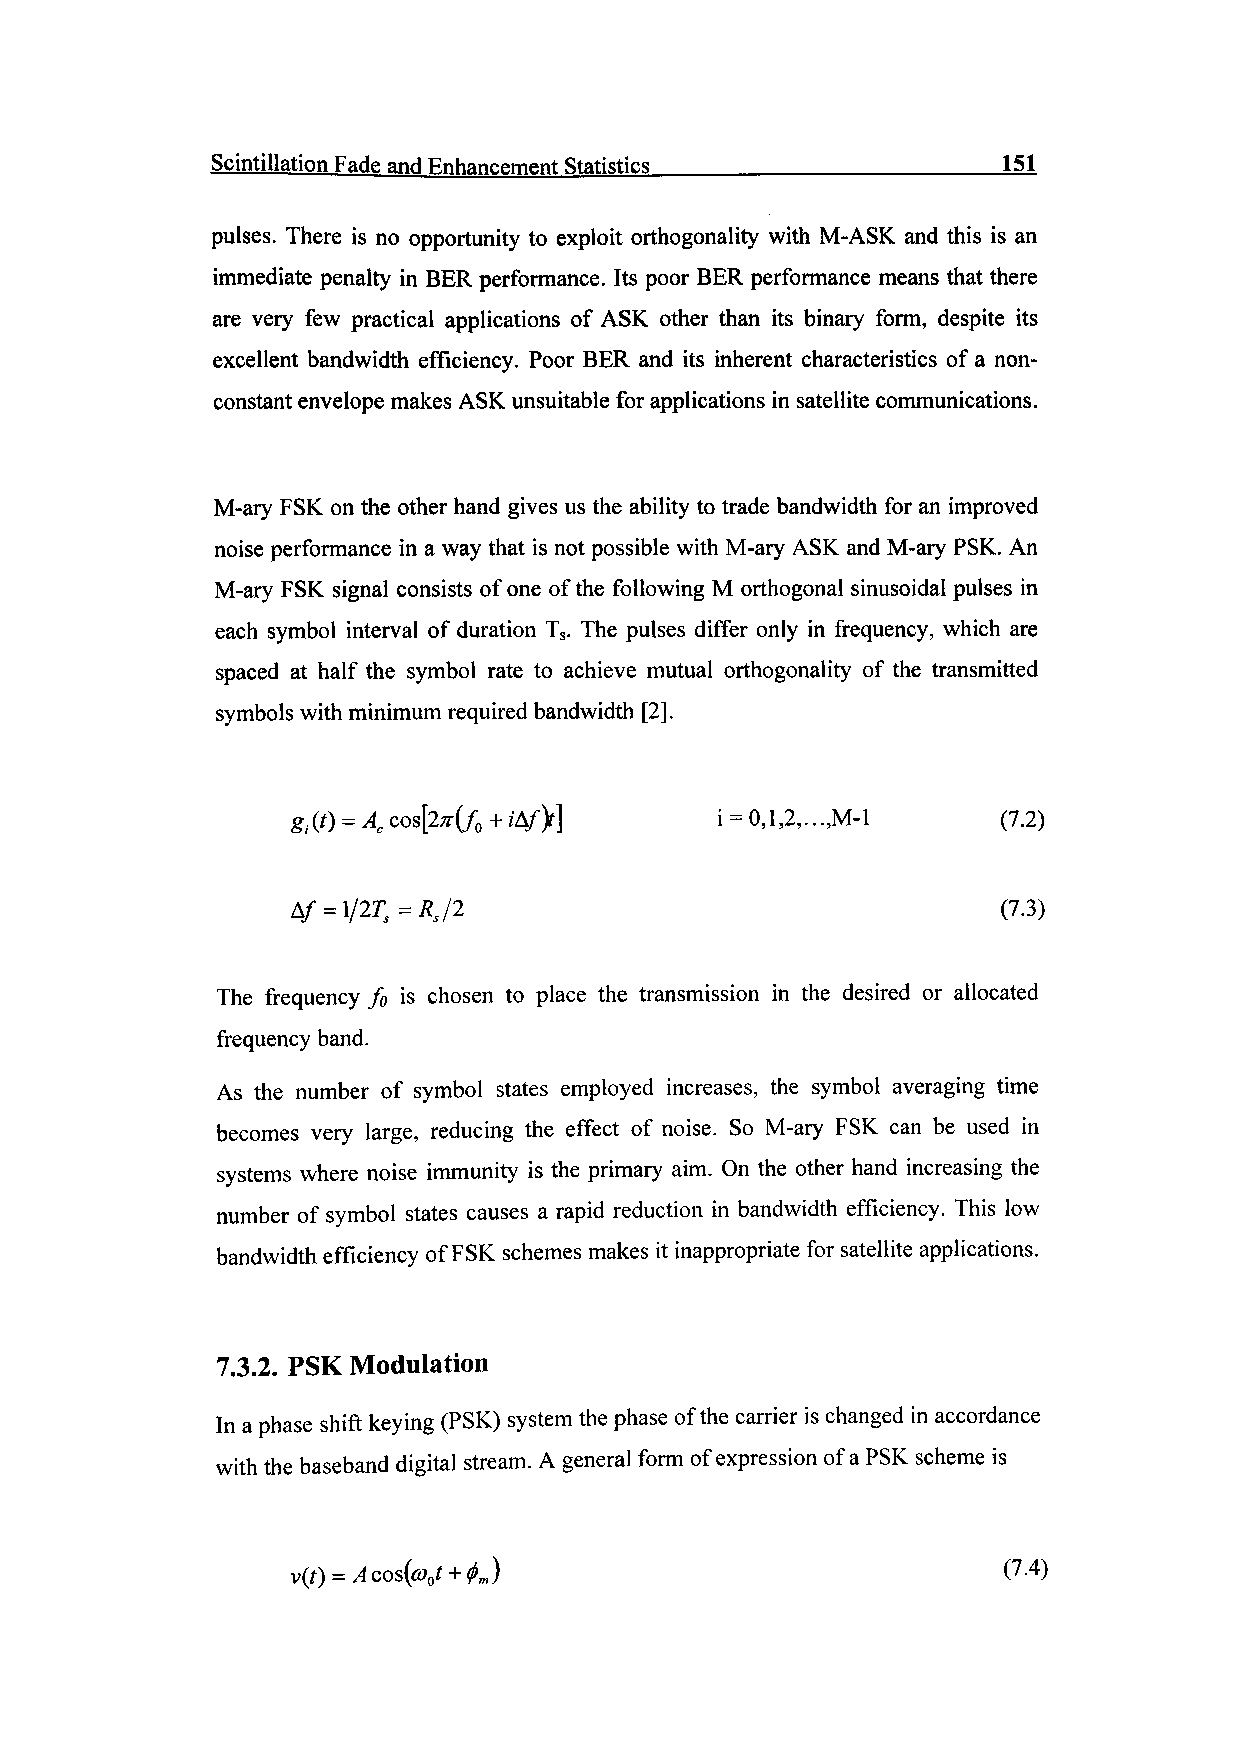
Scintillation Fade and Enhancement Statistics____________________151
 pulses. There is no opportunity to exploit orthogonality with M-ASK and this is an
 immediate penalty in BER performance. Its poor BER performance means that there
 are very few practical applications of ASK other than its binary form, despite its
 excellent bandwidth efficiency. Poor BER and its inherent characteristics of a non-
 constant envelope makes ASK unsuitable for applications in satellite communications.
 M-ary FSK on the other hand gives us the ability to trade bandwidth for an improved
 noise performance in a way that is not possible with M-ary ASK and M-ary PSK. An
 M-ary FSK signal consists of one of the following M orthogonal sinusoidal pulses in
 each symbol interval of duration Ts. The pulses differ only in frequency, which are
 spaced at half the symbol rate to achieve mutual orthogonality of the transmitted
 symbols with minimum required bandwidth [2].
 i = 0,1,2,.. .,M-1 (7.2)
 (7.3)
 The frequency fo is chosen to place the transmission in the desired or allocated
 frequency band.
 As the number of symbol states employed increases, the symbol averaging time
 becomes very large, reducing the effect of noise. So M-ary FSK can be used in
 systems where noise immunity is the primary aim. On the other hand increasing the
 number of symbol states causes a rapid reduction in bandwidth efficiency. This low
 bandwidth efficiency of FSK schemes makes it inappropriate for satellite applications.
 7.3.2. PSK Modulation
 In a phase shift keying (PSK) system the phase of the carrier is changed in accordance
 with the baseband digital stream. A general form of expression of a PSK scheme is
 (7.4)